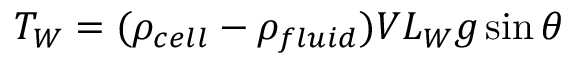
T _ { W } = ( \rho _ { c e l l } - \rho _ { f l u i d } ) V L _ { W } g \sin \theta